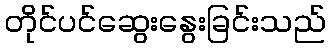
တိုင်ပင်ဆွေးနွေးခြင်းသည်